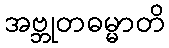
အဗ္ဘုတဓမ္မာတိ